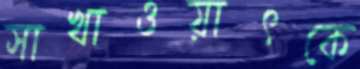
সাখাওয়াৎকে